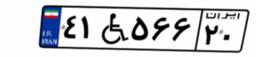
۴۱W۵۶۶۲۰